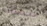
مصانع